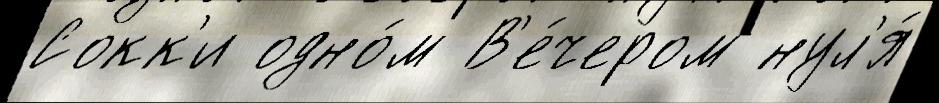
Сокк'и одно́м В'е́чером нул'я́